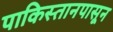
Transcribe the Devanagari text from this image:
पाकिस्तानपासून